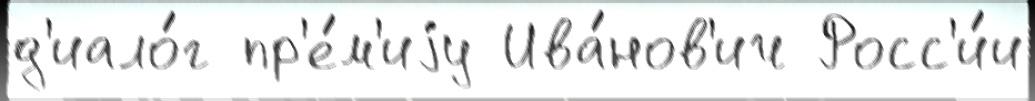
д'иало́г пр'е́м'иjу Ива́нов'ич Росс'и́и